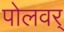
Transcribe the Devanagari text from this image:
पोलवर्